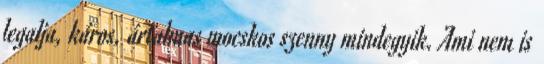
legalja, káros, ártalmas mocskos szenny mindegyik. Ami nem is